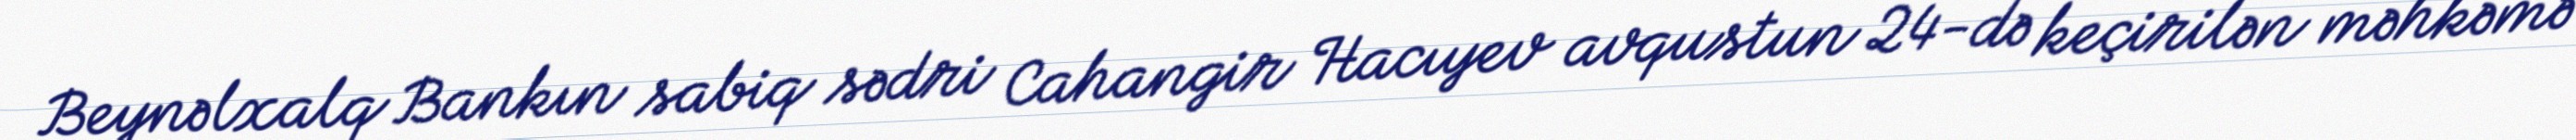
Beynəlxalq Bankın sabiq sədri Cahangir Hacıyev avqustun 24-də keçirilən məhkəmə